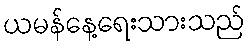
ယမန်နေ့ရေးသားသည်